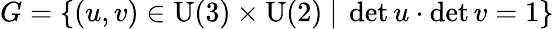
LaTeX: G=\{ (u,v)\in\mathrm{U(3)}\times\mathrm{U(2)}\ |\ \operatorname*{det}u\cdot\operatorname*{det}v=1\}